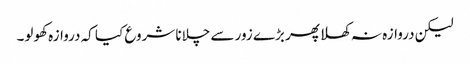
لیکن دروازہ نہ کھلا پھر بڑے زور سے چلانا شروع کیا کہ دروازہ کھولو۔